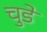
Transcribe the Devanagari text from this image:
चुडे